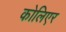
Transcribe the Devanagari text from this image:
कोलिएर